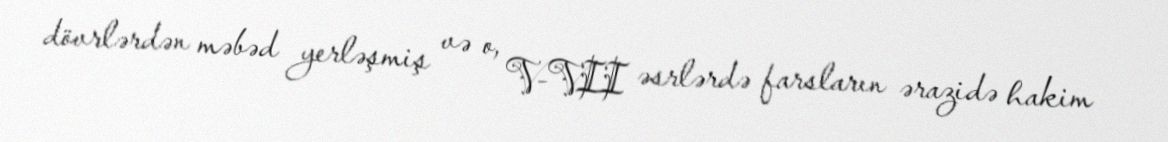
dövrlərdən məbəd yerləşmiş və o, V-VII əsrlərdə farsların ərazidə hakim